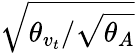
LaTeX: \sqrt{{\theta_{v_{t}}}/{\sqrt{\theta_{A}}}}